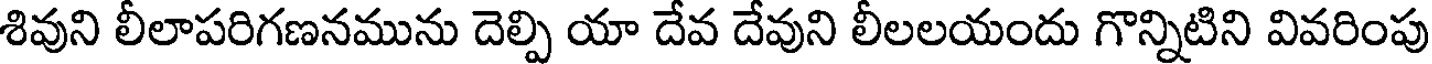
శివుని లీలాపరిగణనమును దెల్పి యా దేవ దేవుని లీలలయందు గొన్నిటిని వివరింపు